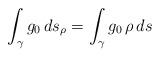
LaTeX: \begin{align*}\int_\gamma g_0\, ds_\rho=\int_\gamma g_0\, \rho\, ds\end{align*}